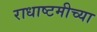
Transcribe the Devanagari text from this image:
राधाष्टमीच्या